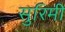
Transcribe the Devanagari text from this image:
सुरिमी